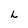
Character: L